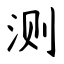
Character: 测